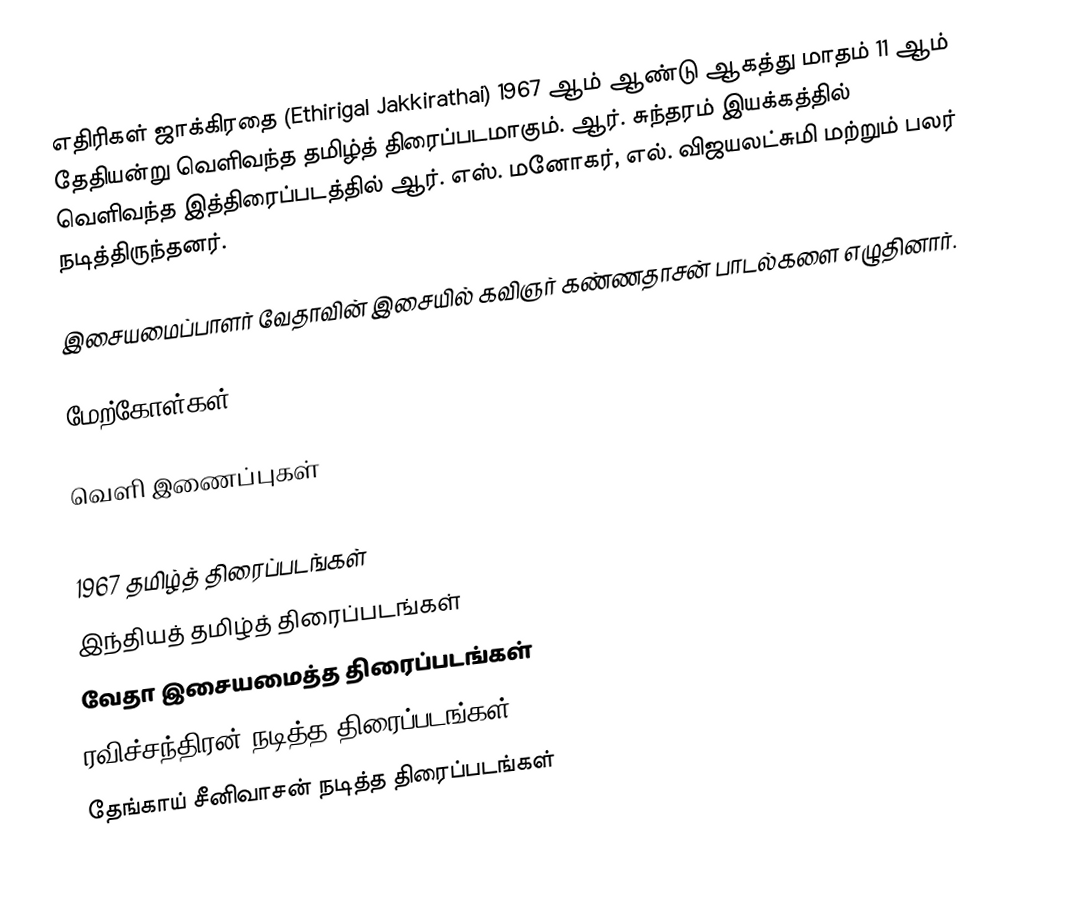
எதிரிகள் ஜாக்கிரதை (Ethirigal Jakkirathai) 1967 ஆம் ஆண்டு ஆகத்து மாதம் 11 ஆம் தேதியன்று வெளிவந்த தமிழ்த் திரைப்படமாகும். ஆர். சுந்தரம் இயக்கத்தில் வெளிவந்த இத்திரைப்படத்தில் ஆர். எஸ். மனோகர், எல். விஜயலட்சுமி மற்றும் பலர் நடித்திருந்தனர்.

இசையமைப்பாளர் வேதாவின் இசையில் கவிஞர் கண்ணதாசன் பாடல்களை எழுதினார்.

மேற்கோள்கள்

வெளி இணைப்புகள்

1967 தமிழ்த் திரைப்படங்கள்
இந்தியத் தமிழ்த் திரைப்படங்கள்
வேதா இசையமைத்த திரைப்படங்கள்
ரவிச்சந்திரன் நடித்த திரைப்படங்கள்
தேங்காய் சீனிவாசன் நடித்த திரைப்படங்கள்